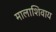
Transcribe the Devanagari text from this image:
मालाशिवाय